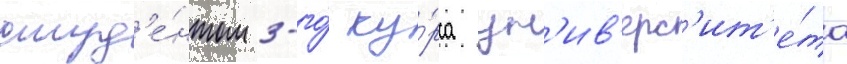
студ'е́нтом 3-го́ ку́рса ун'ив'ерс'ит'е́та